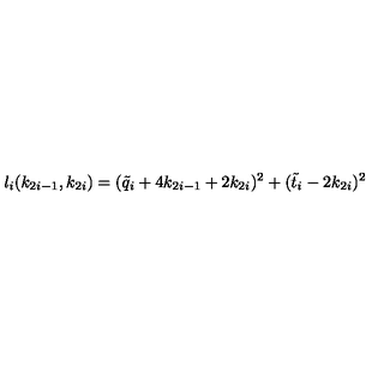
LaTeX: l _ { i } ( k _ { 2 i - 1 } , k _ { 2 i } ) = ( \tilde { q } _ { i } + 4 k _ { 2 i - 1 } + 2 k _ { 2 i } ) ^ { 2 } + ( \tilde { t } _ { i } - 2 k _ { 2 i } ) ^ { 2 }